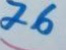
76